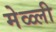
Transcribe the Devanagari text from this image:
मेळ्ली